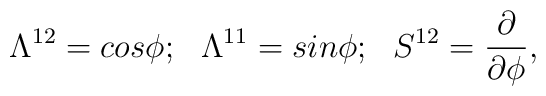
\Lambda^{12}=cos\phi;~~\Lambda^{11}=sin\phi;~~S^{12}={{\partial}\over{\partial\phi}},